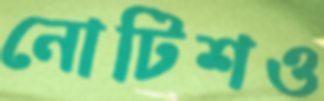
নোটিশও